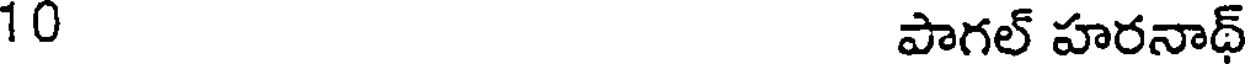
10 పాగల్ హరనాథ్